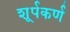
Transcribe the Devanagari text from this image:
शूर्पकर्ण